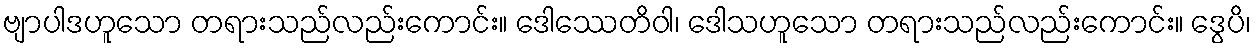
ဗျာပါဒဟူသော တရားသည်လည်းကောင်း။ ဒေါဿေတိဝါ၊ ဒေါသဟူသော တရားသည်လည်းကောင်း။ ဒွေပိ၊